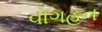
વોગહન